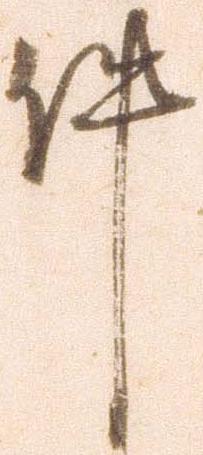
件